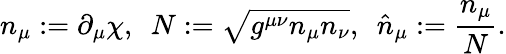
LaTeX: n_{\mu}:=\partial_{\mu}\chi,\ \ N:=\sqrt{g^{\mu\nu}n_{\mu}n_{\nu}},\ \ \hat{n}_{\mu}:=\frac{n_{\mu}}{N}.